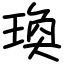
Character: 瑍